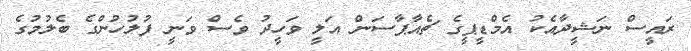
ރައީސް ނަޝީދާއެކު އެމްޑީޕީގެ ޗެއާޕާސަން އަލީ ވަހީދު ވެސް ވަނީ ފުލުހުންގެ ބެލުމުގެ